Annual report of the Imperial Bacteriological Laboratory, Muktesar
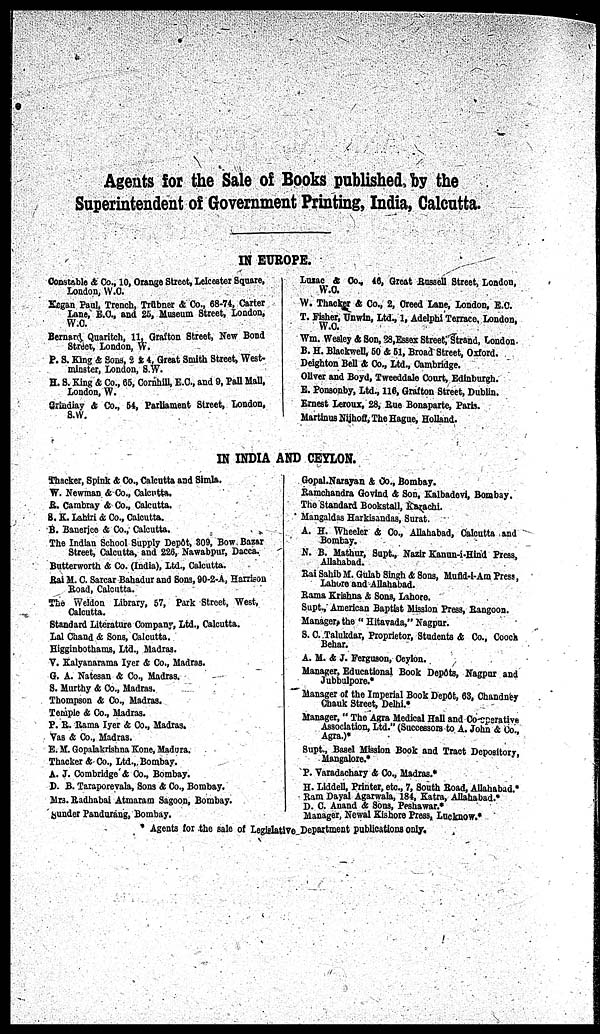
Agents for the Sale of Books published, by the
Superintendent of Government Printing, India, Calcutta.
IN EUROPE.
Constable & Co., 10, Orange Street, Leicester Square,
London, W.C.
Kegan Paul, Trench, Trübner & Co., 68-74, Carter
Lane, E.C., and 25, Museum Street, London,
W.C.
Bernard Quaritch, 11, Grafton Street, New Bond
Street, London, W.
P. S. King & Sons, 2 & 4, Great Smith Street, West-
minster, London, S.W.
H. S. King & Co., 65, Cornhill, E.C., and 9, Pall Mall,
London, W.
Grindiay 4 Co., 54, Parliament Street, London,
S.W.
Luxac & Co., 46, Great Russell Street, London,
W.C.
W. Thacker & Co., 2, Creed Lane, London, E.C.
T. Fisher, Unwin, Ltd., 1, Adelphi Terrace, London,
W.C.
Wm. Wesley & Son, 28,Essex Street, Strand, London.
B. H. Blackwell, 50 & 51, Broad Street, Oxford.
Deighton Bell & Co., Ltd., Cambridge.
Oliver and Boyd, Tweeddale Court, Edinburgh.
E. Ponsonby, Ltd., 116, Grafton Street, Dublin.
Ernest Leroux, 28, Rue Bonaparte, Paris.
Martinus Nijhoff, The Hague, Holland.
IN INDIA AND CEYLON.
Thacker, Spink & Co., Calcutta and Simla.
W. Newman & Co., Calcutta.
R. Cambray & Co., Calcutta.
S. K. Lahiri & Co., Calcutta.
B. Banerjee & Co., Calcutta.
The Indian School Supply Depôt, 309, Bow Bazar
Street, Calcutta, and 226, Nawabpur, Dacca.
Butterworth & Co. (India), Ltd., Calcutta.
Rai M. C. Sarcar Bahadur and Sons, 90-2-A, Harrison
Road, Calcutta.
The Weldon Library, 57, Park Street, West,
Calcutta.
Standard Literature Company, Ltd., Calcutta.
Lal Chand & Sons, Calcutta.
Higginbothams, Ltd., Madras.
V. Kalyanarama Iyer & Co., Madras.
G. A. Natesan & Co., Madras.
S. Murthy & Co., Madras.
Thompson & Co., Madras.
Temple & Co., Madras.
P. R. Rama Iyer & Co., Madras.
Vas & Co., Madras.
E. M. Gopalakrishna Kone, Madura.
Thacker & Co., Ltd., Bombay.
A. J. Combridge & Co., Bombay.
D. B. Taraporevala, Sons & Co., Bombay.
Mrs. Radhabai Atmaram Sagoon, Bombay.
Sunder Pandurang, Bombay.
Gopal Narayan & Co., Bombay.
Ramchandra Govind & Son, Kalbadevi, Bombay.
The Standard Bookstall, Karachi.
Mangaldas Harkisandas, Surat.
A. H. Wheeler & Co., Allahabad, Calcutta and
Bombay.
N. B. Mathur, Supt., Nazir Kanun-i-Hind Press,
Allahabad.
Rai Sahib M. Gulab Singh & Sons, Mufid-i-Am Press,
Lahore and Allahabad.
Rama Krishna & Sons, Lahore.
Supt., American Baptist Mission Press, Rangoon.
Manager, the " Hitavada," Nagpur.
S. C. Talukdar, Proprietor, Students & Co., Cooch
Behar.
A. M. & J. Ferguson, Ceylon.
Manager, Educational Book Depôts, Nagpur and
Jubbulpore.*
Manager of the Imperial Book Depôt, 63, Chandney
Chauk Street, Delhi.*
Manager," The Agra Medical Hall and Co-operative
Association, Ltd." (Successors to A. John & Co.,
Agra.)*
Supt., Basel Mission Book and Tract Depository,
Mangalore.*
P. Varadachary & Co., Madras.*
H. Liddell, Printer, etc., 7, South Road, Allahabad.*
Ram Dayal Agarwala, 184, Katra, Allahabad.*
D. C. Anand & Sons, Peshawar.*
Manager, Newal Kishore Press, Lucknow.*
Agents for the sale of Legislative Department publications only.